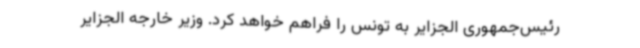
رئیس‌جمهوری الجزایر به تونس را فراهم خواهد کرد. وزیر خارجه الجزایر